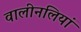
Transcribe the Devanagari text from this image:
वालीनलियां